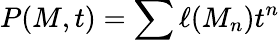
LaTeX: P(M,t)=\sum\ell(M_{n})t^{n}